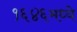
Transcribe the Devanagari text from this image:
१६४६मध्ये